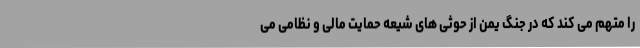
را متهم می کند که در جنگ یمن از حوثی های شیعه حمایت مالی و نظامی می